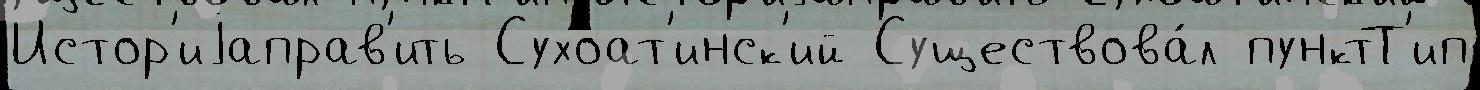
Истор'иjаправ'ить Сухоат'инск'ий Существова́л пунктТ'ип